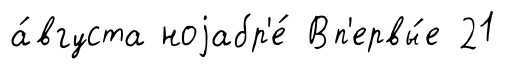
а́вгуста ноjабр'е́ Вп'ервы́е 21